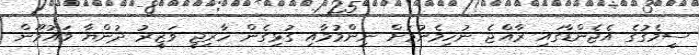
ސީމެގުގެ އެޖެންޑާގައި ރާއްޖެ ނުހިމެނުމަށް ނިންމުމާއި ގުޅިގެން ހާރިޖީ ވަޒީރު ދުންޔާ މައުމޫން